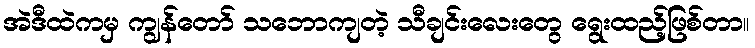
အဲဒီထဲကမှ ကျွန်တော် သဘောကျတဲ့ သီချင်းလေးတွေ ရွေးထည့်ဖြစ်တာ။